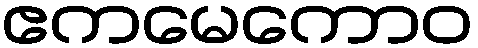
ဧကမေကောဝ